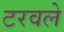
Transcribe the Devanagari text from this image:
टरवले